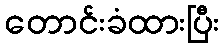
တောင်းခံထားပြီး